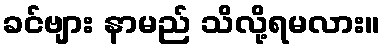
ခင်ဗျား နာမည် သိလို့ရမလား။